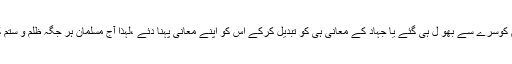
آج مسلمان دنیا کے دھندوں میں مشغول ہوکر ’’جہاد فی سبیل اللہ ‘‘کے اس مفہوم کوسرے سے بھو ل ہی گئے یا جہاد کے معانی ہی کو تبدیل کرکے اُس کو اپنے معانی پہنا دئے ،لہٰذا آج مسلمان ہر جگہ ظلم و ستم کا شکار ہیں ،قومیں ایک دوسرے کو اُن پر ٹوٹ پڑ نے کی دعوت دے رہی ہیں ۔